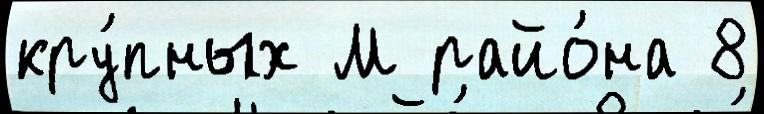
кру́пных М райо́на 8